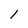
Character: 1